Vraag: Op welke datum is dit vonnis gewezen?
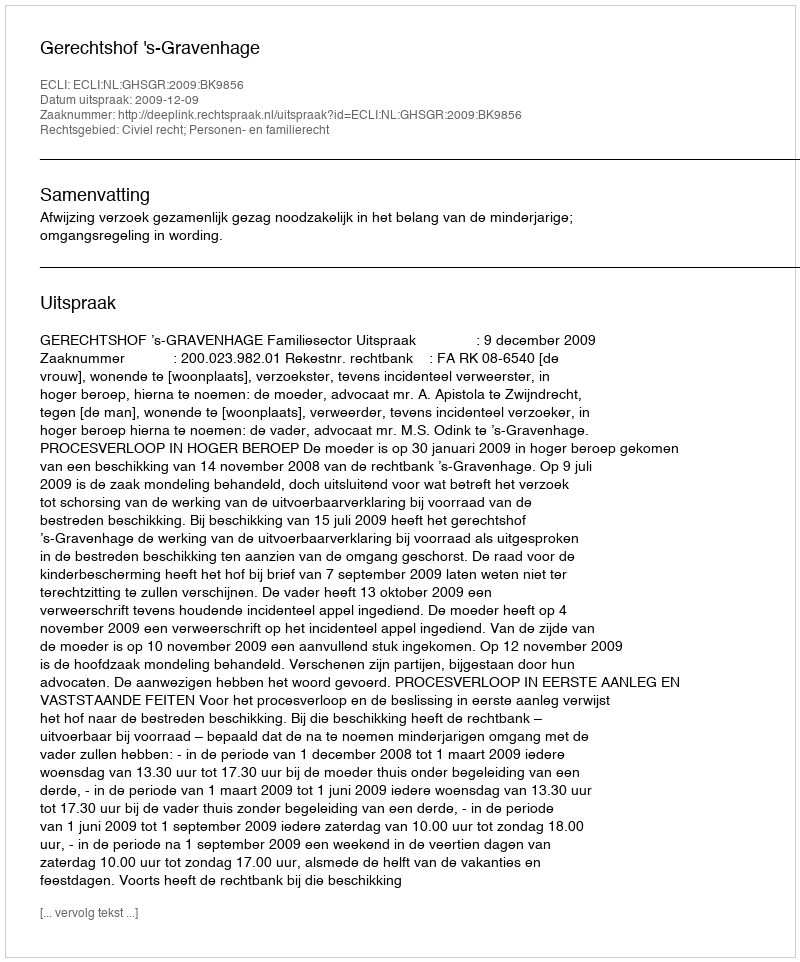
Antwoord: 2009-12-09